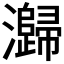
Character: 𭳶